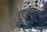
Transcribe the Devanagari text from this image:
गुंजला